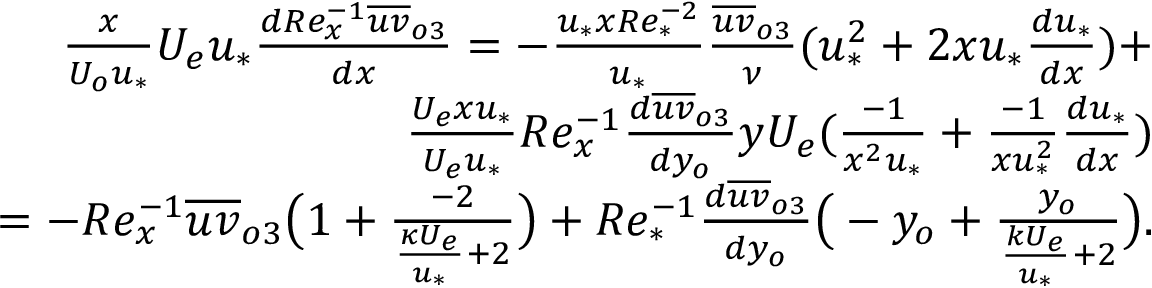
\begin{array} { r } { \frac { x } { U _ { o } u _ { * } } U _ { e } u _ { * } \frac { d R e _ { x } ^ { - 1 } \overline { { u v } } _ { o 3 } } { d x } = - \frac { u _ { * } x R e _ { * } ^ { - 2 } } { u _ { * } } \frac { \overline { { u v } } _ { o 3 } } { \nu } ( u _ { * } ^ { 2 } + 2 x u _ { * } \frac { d u _ { * } } { d x } ) + } \\ { \frac { U _ { e } x u _ { * } } { U _ { e } u _ { * } } R e _ { x } ^ { - 1 } \frac { d \overline { { u v } } _ { o 3 } } { d y _ { o } } y U _ { e } ( \frac { - 1 } { x ^ { 2 } u _ { * } } + \frac { - 1 } { x u _ { * } ^ { 2 } } \frac { d u _ { * } } { d x } ) } \\ { = - R e _ { x } ^ { - 1 } \overline { { u v } } _ { o 3 } \big ( 1 + \frac { - 2 } { \frac { \kappa U _ { e } } { u _ { * } } + 2 } \big ) + R e _ { * } ^ { - 1 } \frac { d \overline { { u v } } _ { o 3 } } { d y _ { o } } \big ( - y _ { o } + \frac { y _ { o } } { \frac { k U _ { e } } { u _ { * } } + 2 } \big ) . } \end{array}